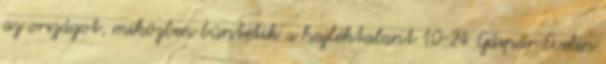
az országot, miközben büntetik a hajléktalant 10:24 Gáspár Evelin